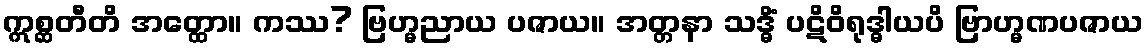
ဣစ္ဆတီတိ အတ္ထော။ ကဿ? ဗြဟ္မညာယ ပဇာယ။ အတ္တနာ သဒ္ဓိံ ပဋိဝိရုဒ္ဓါယပိ ဗြာဟ္မဏပဇာယ